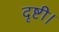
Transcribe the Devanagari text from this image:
दृष्टी।